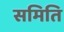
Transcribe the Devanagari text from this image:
समिति